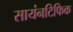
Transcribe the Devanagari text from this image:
सायंनटिफिक